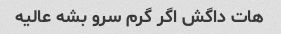
هات داگش اگر گرم سرو بشه عالیه